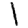
Digit: 1